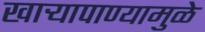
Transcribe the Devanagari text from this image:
खार्‍यापाण्यामुळे